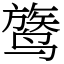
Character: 𬸦